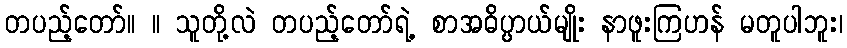
တပည့်တော်။ ။ သူတို့လဲ တပည့်တော်ရဲ့ စာအဓိပ္ပာယ်မျိုး နာဖူးကြဟန် မတူပါဘူး၊